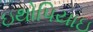
ઇથોપિયાઇ